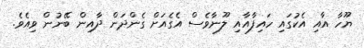
ޔޫހާ އާއި އެކުގައި ހައިފާއާއި ލޫނާވެސް އެގެއަށް ގެންދަން ދާއިން ބޭނުން ވިއެވެ.